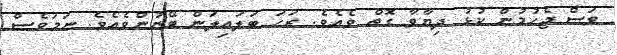
ވަސް ޖެހުމުން ކުޅު ދިޔާވާ ގޮތް ވެއެވެ. ރަހަ ބަލައިލަން ބޭނުންވެއެވެ. ނަމަވެސް